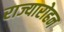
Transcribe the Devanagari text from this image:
राज्यारोहन